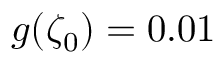
g ( \zeta _ { 0 } ) = 0 . 0 1